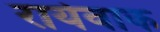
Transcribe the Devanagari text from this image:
रायेवाक